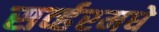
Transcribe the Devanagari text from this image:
सर्व्हरमधे